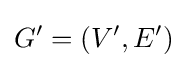
G'=(V',E')